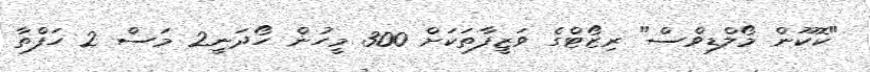
"ކޮކޫން މޯލްޑިވްސް" ރިޒޯޓްގެ ވަޒީފާތަކަށް 300 މީހުން ހޯދަނީ2 މަސް 2 ހަފްތާ